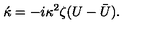
\acute { \kappa } = - i \kappa ^ { 2 } \zeta ( U - \bar { U } ) .